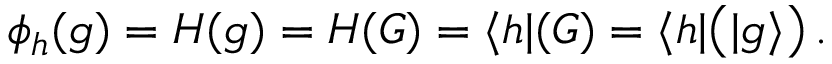
\phi _ { h } ( g ) = H ( g ) = H ( G ) = \langle h | ( G ) = \langle h | { \bigl ( } | g \rangle { \bigr ) } \, .